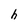
Character: h